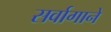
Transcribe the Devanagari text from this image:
सर्वागाने